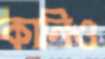
কানিও